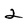
Character: 2